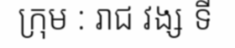
ក្រុម : រាជ វង្ស ទី